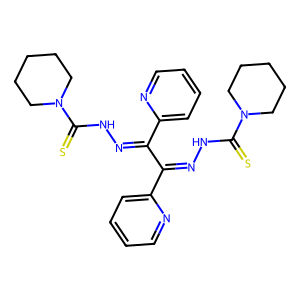
SMILES: S=C(NN=C(C(=NNC(=S)N1CCCCC1)c1ccccn1)c1ccccn1)N1CCCCC1
Inhibits HIV replication: No